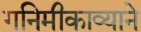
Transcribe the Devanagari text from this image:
गनिमीकाव्याने